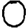
Digit: 0